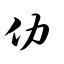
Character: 仂